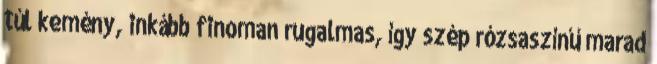
túl kemény, inkább finoman rugalmas, így szép rózsaszínű marad